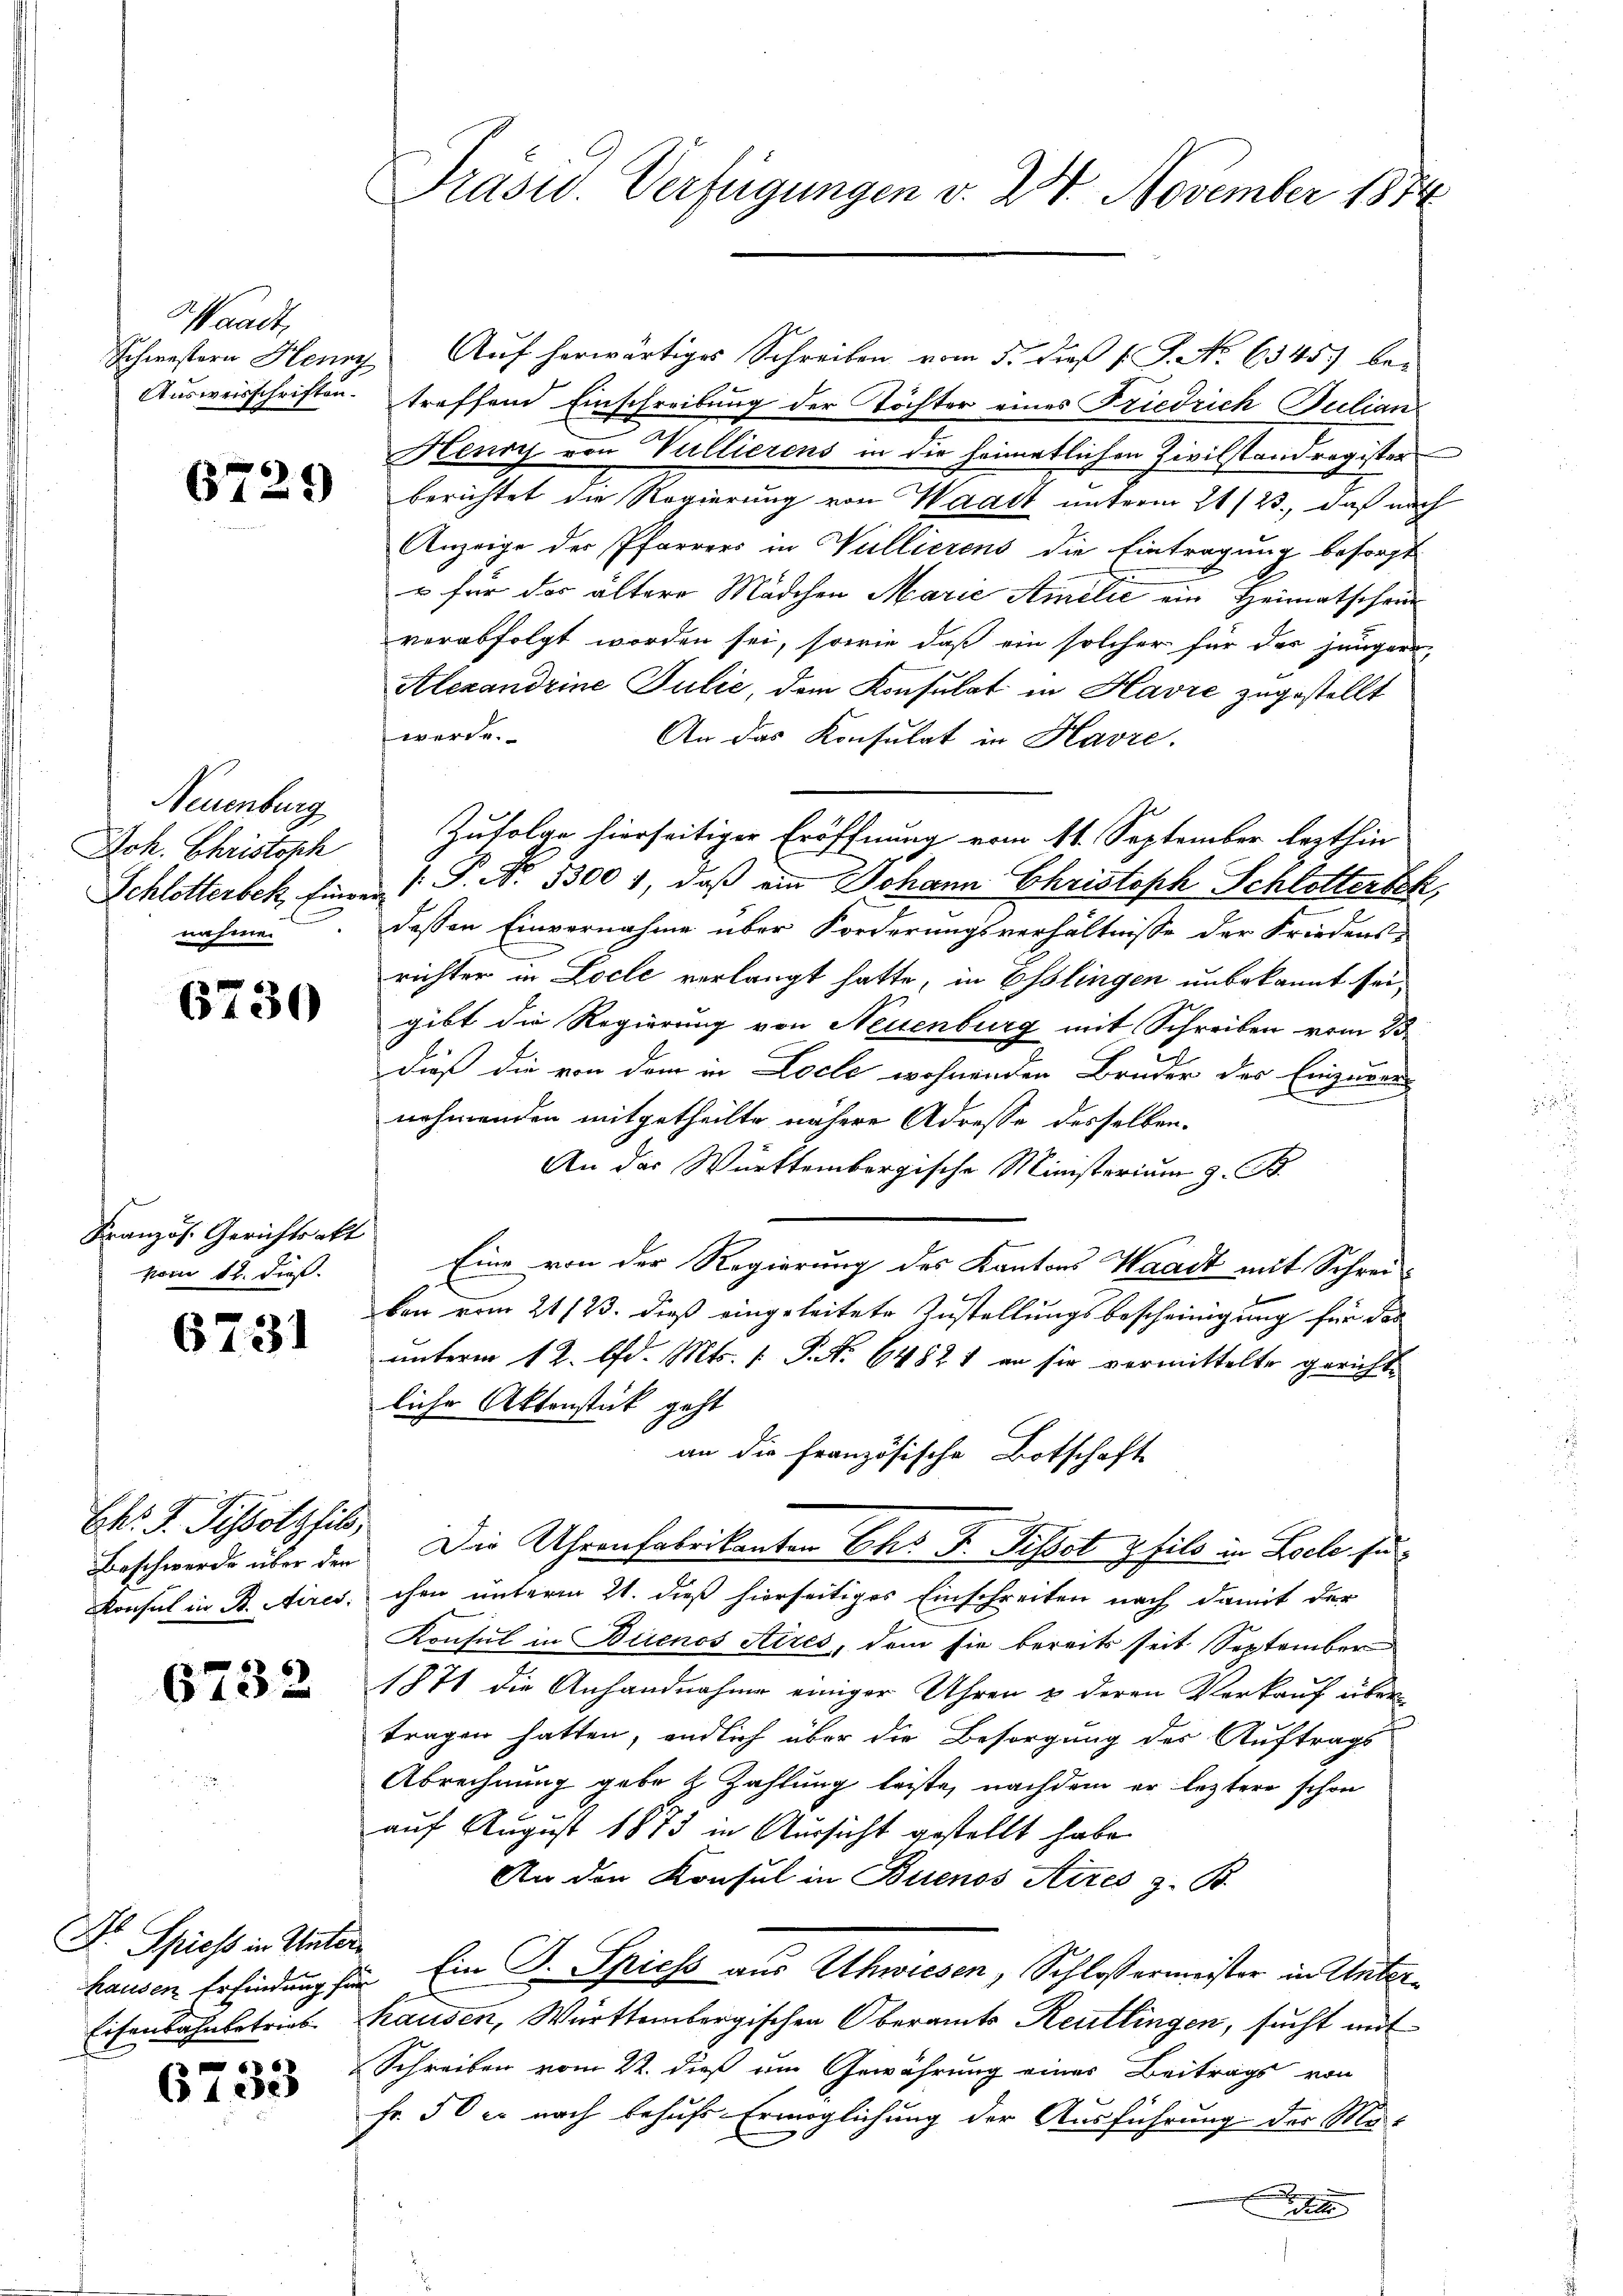
Waadt,

6729

Neuenburg
nähere

6730

Kranzös. Gerichtsakt
vom 12. dieß.

6731

Chr. J. Pissotzfils,

6732

1
C
24. Spiess in Unter¬
Eisenbahnbetrieb

66
61230)

Schwestern Henry Aŭf herwärtiges Schreiben vom 5. dieß v. J. No. 6345) be¬
Ausweisschriften treffend Einschreibung der Töchter eines Friedrich Julian
Henry von Vullierens in die heimatlichen Zivilstandregister
berichtet die Regierung von Waadt unterm 21/23., daß nach
Anzeige der Pfarrers in Willierens die Eintragung besorgt
 für das ältere Mädchen Marie Amelić ein Heimatschein
verabfolgt worden sei, sowie daß ein solcher für der jünger
Alexandrine Julić, dem Konsulat in Havre zugestellt
werde.
An das Konsulat in Havre.
Joh. Christoph Zufolge hierseitiger Eröffnung vom 11. September lezthin
Schlotterbek, Einen ( P. Nr. 53001, daß ein Johann Christoph Schlotterth,
dessen Einvernahme über Forderungsverhältnisse der Friedens-
richter in Loche verlangt hatte, in Esslingen unbekannt sei,
gibt die Regierung von Neuenburg mit Schreiben vom 23
dieß die von dem in Loele wohnenden Bruder der Einzuran
nehmenden mitgetheilte nähere Adresse desselben.
An das Württembergische Ministerium z. B.
Eine von der Regierung des Kantons Waadt mit Schreiken vom 21/23. dieß eingeleitete Zustellungsbescheinigung für das
unterm 12. d. Mts. 1 P. Nr. 64821 an sie vermittelte gericht
liche Aktenstück geht
an die Französische Botschaft
Beschwerde über den Die Uhrenfabrikanten Ehr J. Pissot pfild in Loele su
Konsul in B. Aires, ihm unterm 21. dieß hierseitiges Einschreiten nach damit der
Konsul in Buenos Aires, dem sie bereits seit September
1871 die Anhandnahme einiger Uhren & deren Verkauf über
tragen hatten, endlich über die Besorgung des Auftrags-
Abrechnung gebe z. Zahlung leiste, nachdem er leztere schon
auf August 1873 in Aussicht gestellt habe.
An den Konsul in Buenos Aires z. B.
hausen Erfindung für Ein D. Spiess aus Uhwiesen, Schlossermeister in Unterhausen, Württembergischen Oberamts Reutlingen, sucht mit
Schreiben vom 22. dieß am Gewährung eines Beitrags von
fr. 50 er nach behufs Ermöglichung der Ausführung der Ma-
t

Präsid.. Verfügungen v. 27. November 1874